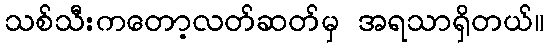
သစ်သီးကတော့လတ်ဆတ်မှ အရသာရှိတယ်။